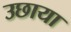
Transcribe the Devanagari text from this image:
उछाया